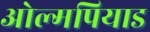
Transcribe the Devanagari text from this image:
ओल्मपियाड